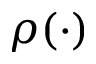
\rho ( \cdot )